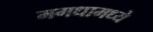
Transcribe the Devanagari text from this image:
मगधामध्ये